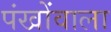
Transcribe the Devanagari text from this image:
पंखोंवाला